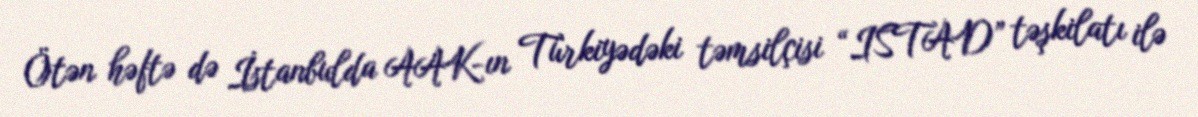
Ötən həftə də İstanbulda AAK-ın Türkiyədəki təmsilçisi “ISTAD” təşkilatı ilə